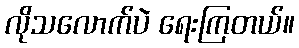
လိုသလောက်ပဲ ရေးကြတယ်။